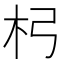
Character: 杛